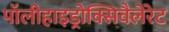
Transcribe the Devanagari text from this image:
पॉलीहाइड्रोक्सिवैलेरेट